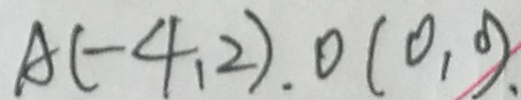
A ( - 4 , 2 ) , 0 ( 0 , 0 )